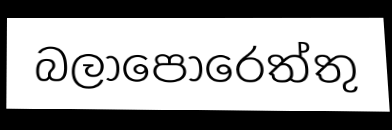
බලාපොරෙත්තු